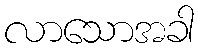
လာသောအခါ